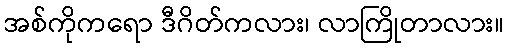
အစ်ကိုကရော ဒီဂိတ်ကလား၊ လာကြိုတာလား။